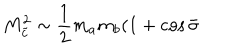
M _ { \tilde { c } } ^ { 2 } \sim \frac { 1 } { 2 } m _ { a } m _ { b } ( 1 + \cos \bar { \sigma }